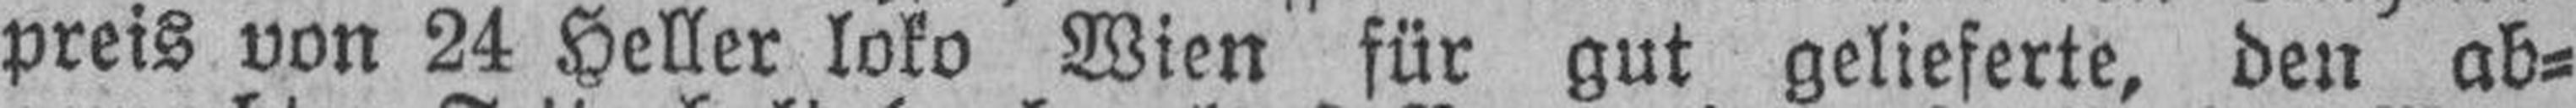
preis von 24 Heller loko Wien für gut gelieferte, den ab¬